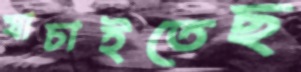
যাচাইতেছ